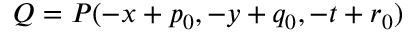
Q = P ( - x + p _ { 0 } , - y + q _ { 0 } , - t + r _ { 0 } )